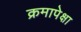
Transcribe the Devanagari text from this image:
क्रमापेक्षा